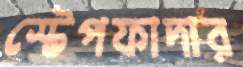
স্টেপফাদার